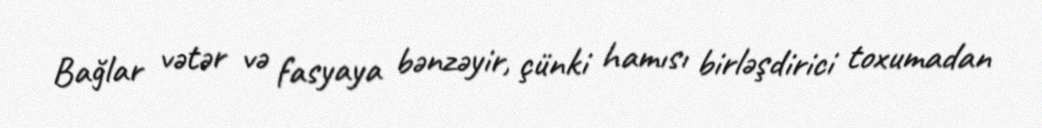
Bağlar vətər və fasyaya bənzəyir, çünki hamısı birləşdirici toxumadan